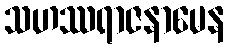
သဟဿရာဇနာမေန